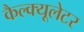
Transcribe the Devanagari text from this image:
कैल्क्यूलेटर